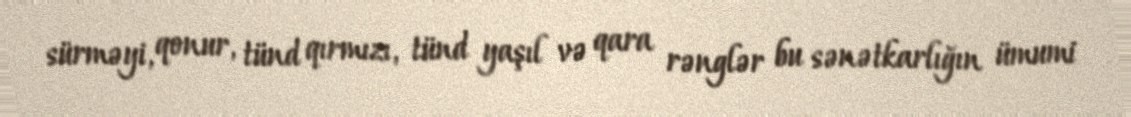
sürməyi, qonur, tünd qırmızı, tünd yaşıl və qara rənglər bu sənətkarlığın ümumi